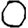
Digit: 0